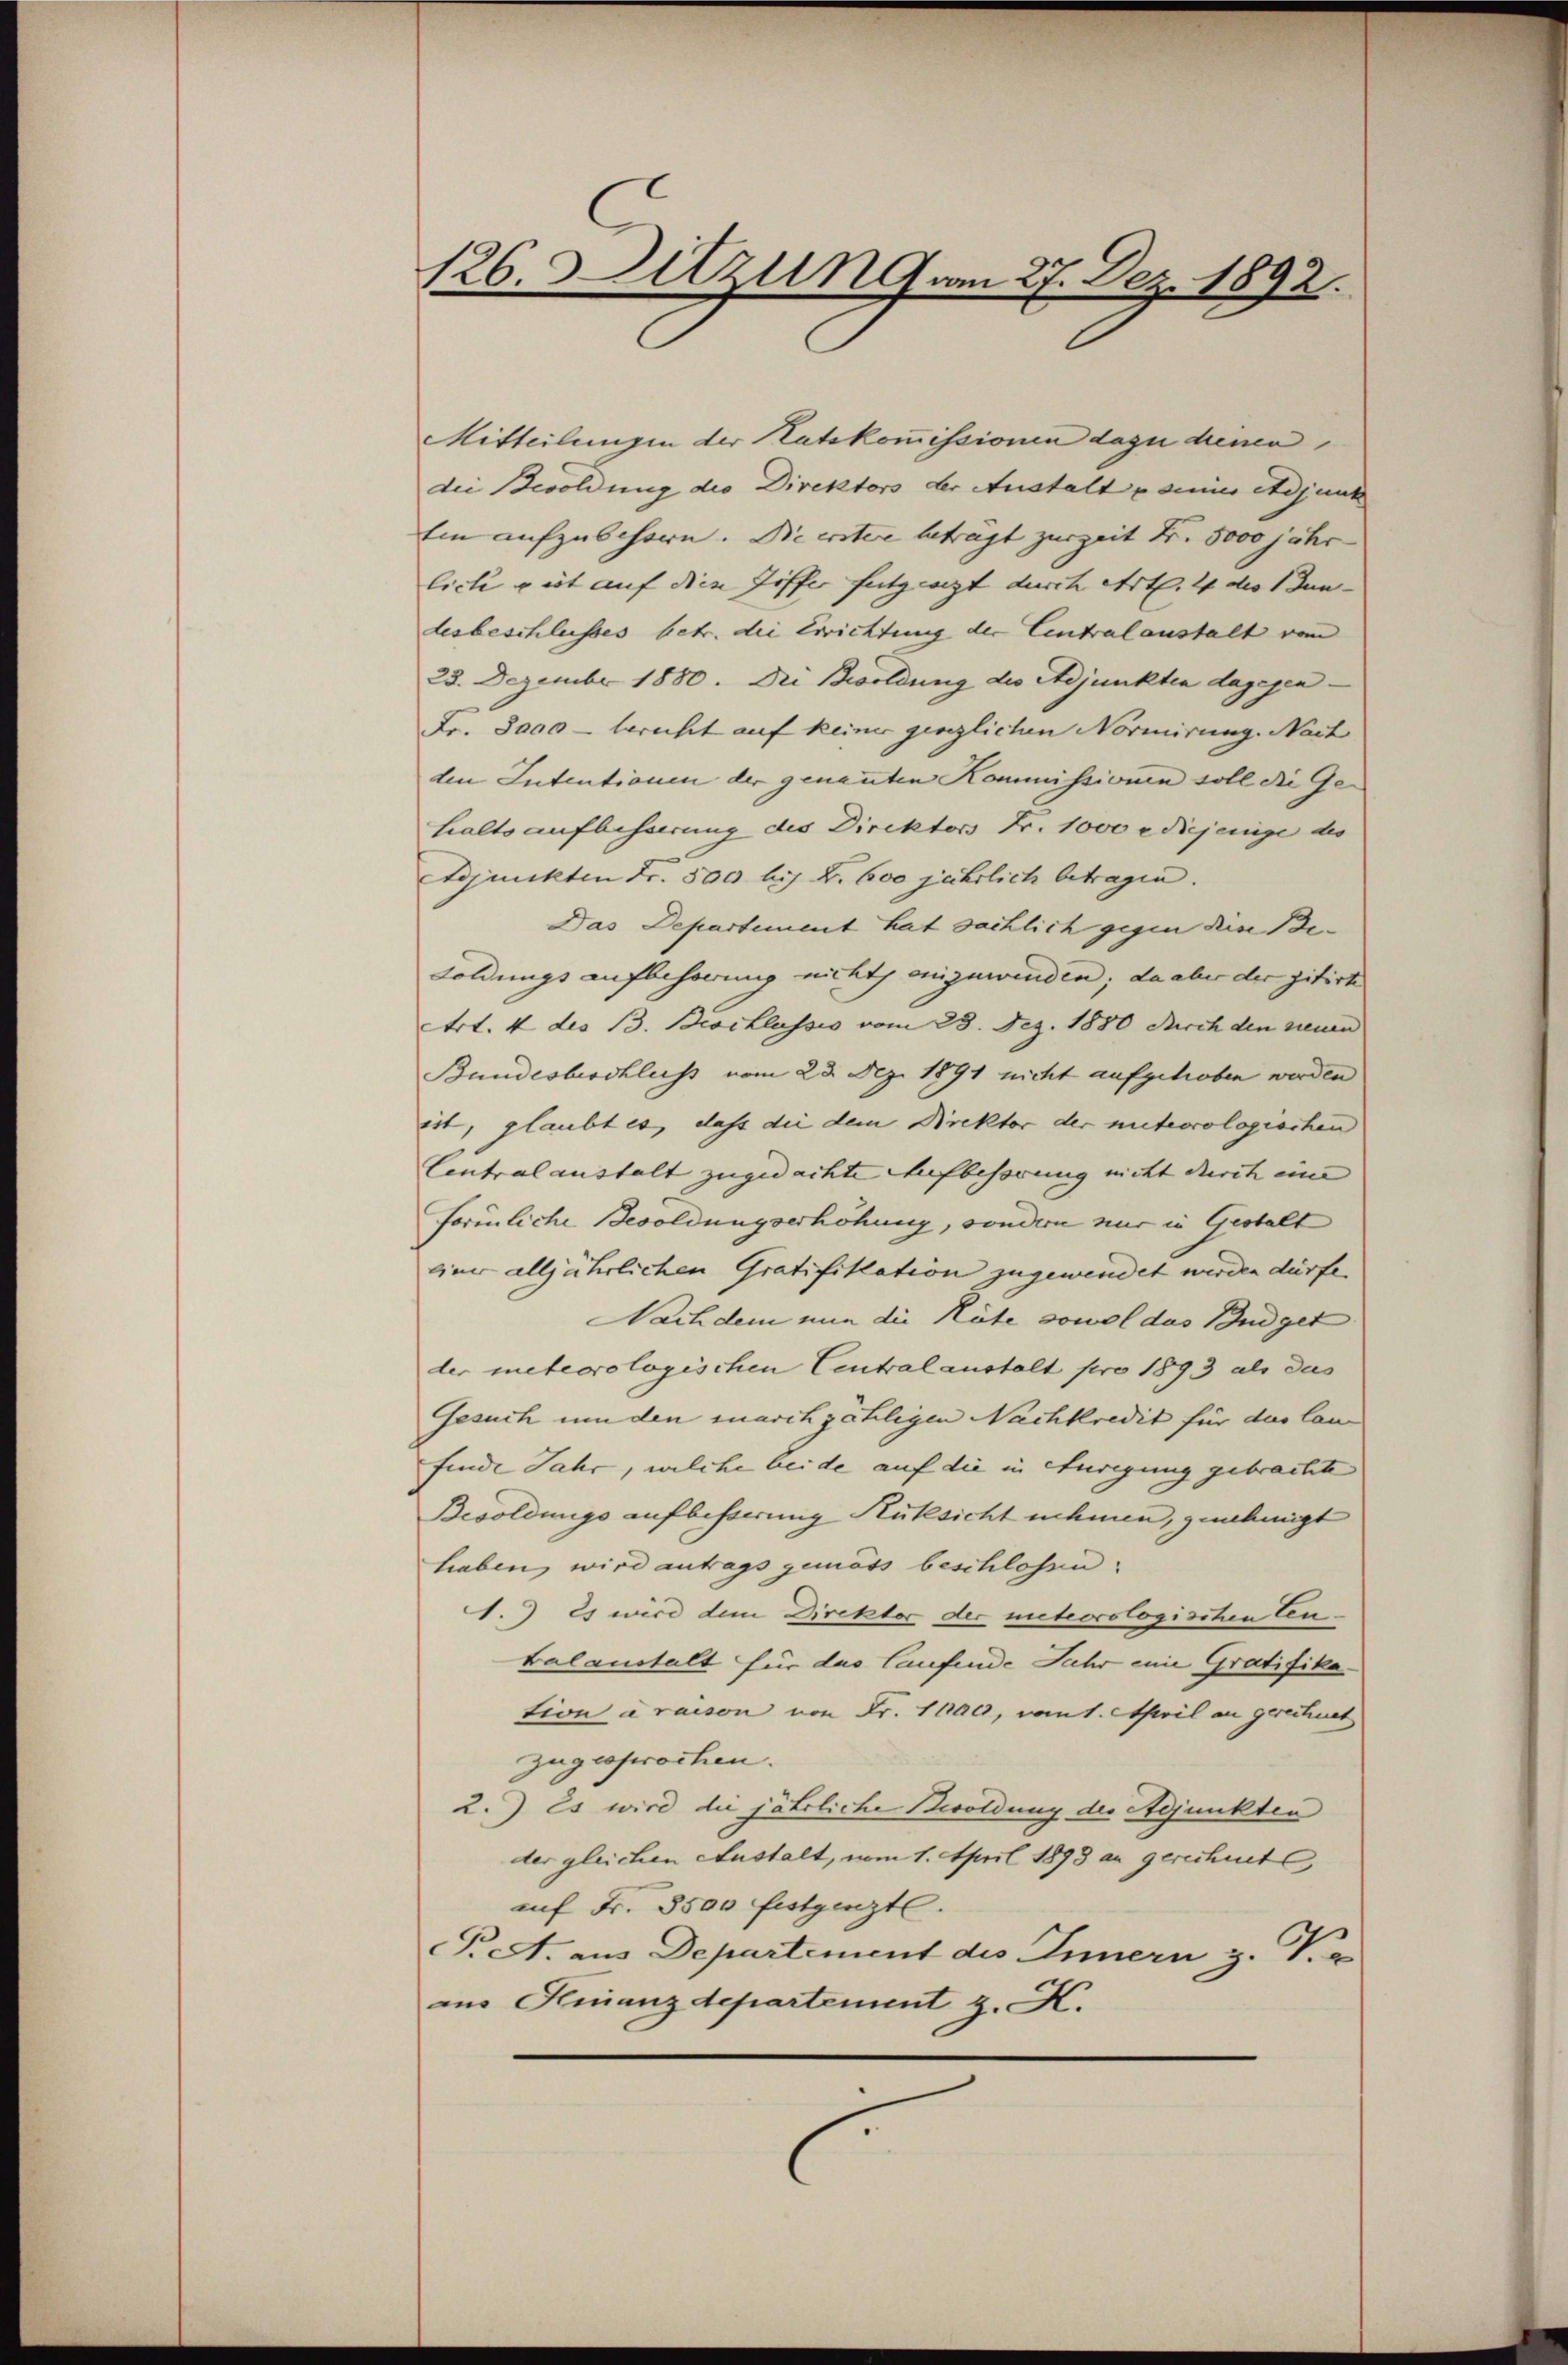
126. Sitzun vom 27. Dez. 1892.

Mitteilungen der Ratskommissionen dazu densen
die Besoldung die Direktors der Anstalt seiner Adjunk
Ein aufzubehöre. Die erstere beträgt zurzeit Fr. 5000 jähr
liche gut auf die Ziffer futgesezt durch Art. 44 des Bun-
desbeschlusses betr. die Errichtung der Centralanstalt vom
28. Dezember 1880. Dei Besoldung des Adjunkten dagegen¬
Fr. 3000 - bericht auf keiner gänzlichen Normirung. Nach
den Intentionen der genannten Kommissionen soll die Gehalts aufbesserung des Direktors Fr. 1000 r. diejenige des
Adjunckten Fr. 500 bis B. 600 jährlich betragen.
Das Departement hat sächlich gegen die Be¬
Foldungsaufbehörung nicht eingewinden; da aber der gitirt
Art. 4 des 13. Beschlassis vom 23. Dez. 1880 durch den neuen
Bundesbeschluss vom 23. Dez. 1891 nicht aufgetroben werden
ist, glaubt es, dass die dem Direktor der niteorologischen
Centralaustalt zugedachte Aufbehörung nicht durch eine |
formliche Besoldungserhöhung, sondern nur in Gestalt
einer alljährlichen Gratifikation zugewendet werden dürfe.
Nachdem nun die Hüte sowol das Budget
der meteorologischen Centralanstalt pro 1893 als das
Gesuch um den marchzähligen Nachkredit für das lan
finde Jahr, welche beide auf die in Anregung gebrachte
Besoldungs aufbesserung Rüksicht nehmen, genehmigt
haben wird antrags gemäss beschlosen.
1.) Es wird dem Direktor der nieteorologischen Cen
balanstalt für das laufende Jahr eine Gratifikation à raison von Fr. 1100, vont. April an gerechnet
zugesprochen.
2.) Es wird die jährliche Besoldung der Adjunkten
der gleichen Anstalt, vom 1. April 1893 an gerechnet
auf Fr. 3500 festgenzte.
eA. aus Departement des Innern z. Ka
ins Finanzdepartement z. K.